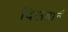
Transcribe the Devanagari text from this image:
दिलवानें